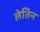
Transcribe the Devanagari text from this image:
लेतिन